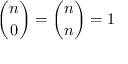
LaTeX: { \binom { n } { 0 } } = { \binom { n } { n } } = 1